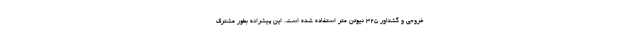
خروجی و گشتاور 325 نیوتن متر استفاده شده است. این پیشرانه بطور مشترک